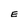
Character: E